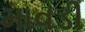
માવડી